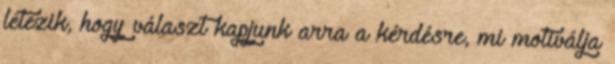
létezik, hogy választ kapjunk arra a kérdésre, mi motiválja